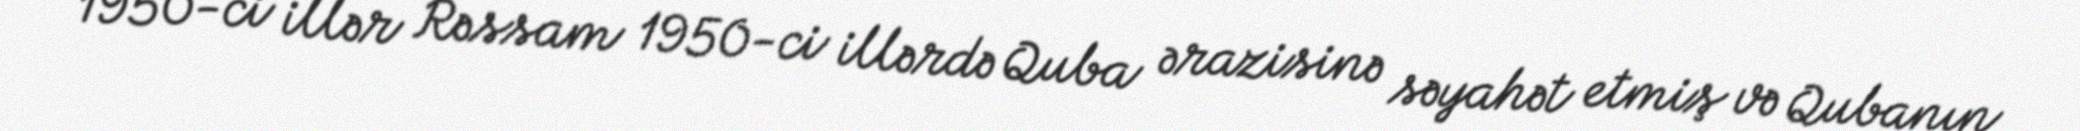
1950-ci illər Rəssam 1950-ci illərdə Quba ərazisinə səyahət etmiş və Qubanın